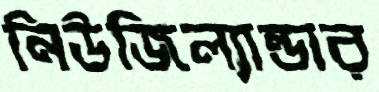
নিউজিল্যান্ডার